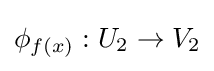
\phi _{f(x)}:U_{2}\rightarrow V_{2}